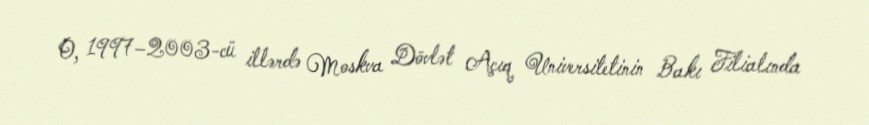
O, 1997–2003-cü illərdə Moskva Dövlət Açıq Universitetinin Bakı Filialında